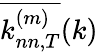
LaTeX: \overline{{k_{nn,T}^{(m)}}}(k)